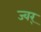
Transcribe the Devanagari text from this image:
ज्वर्